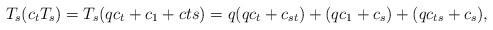
LaTeX: \begin{align*}T_s(c_tT_s)=T_s(qc_t+c_1+c{ts})=q(qc_t+c_{st})+(qc_1+c_s)+(qc_{ts}+c_s),\end{align*}